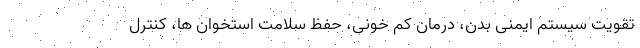
تقویت سیستم ایمنی بدن، درمان کم خونی، حفظ سلامت استخوان ها، کنترل